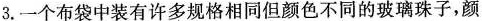
3.一个布袋中装有许多规格相同但颜色不同的玻璃珠子，颜